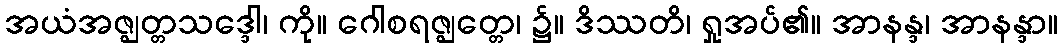
အယံအဇ္ဈတ္တသဒ္ဒေါ၊ ကို။ ဂေါစရဇ္ဈတ္တေ၊ ၌။ ဒိဿတိ၊ ရှုအပ်၏။ အာနန္ဒ၊ အာနန္ဒာ။